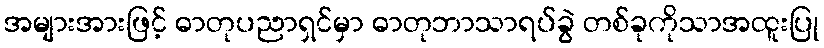
အများအားဖြင့် ဓာတုပညာရှင်မှာ ဓာတုဘာသာရပ်ခွဲ တစ်ခုကိုသာအထူးပြု